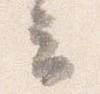
云